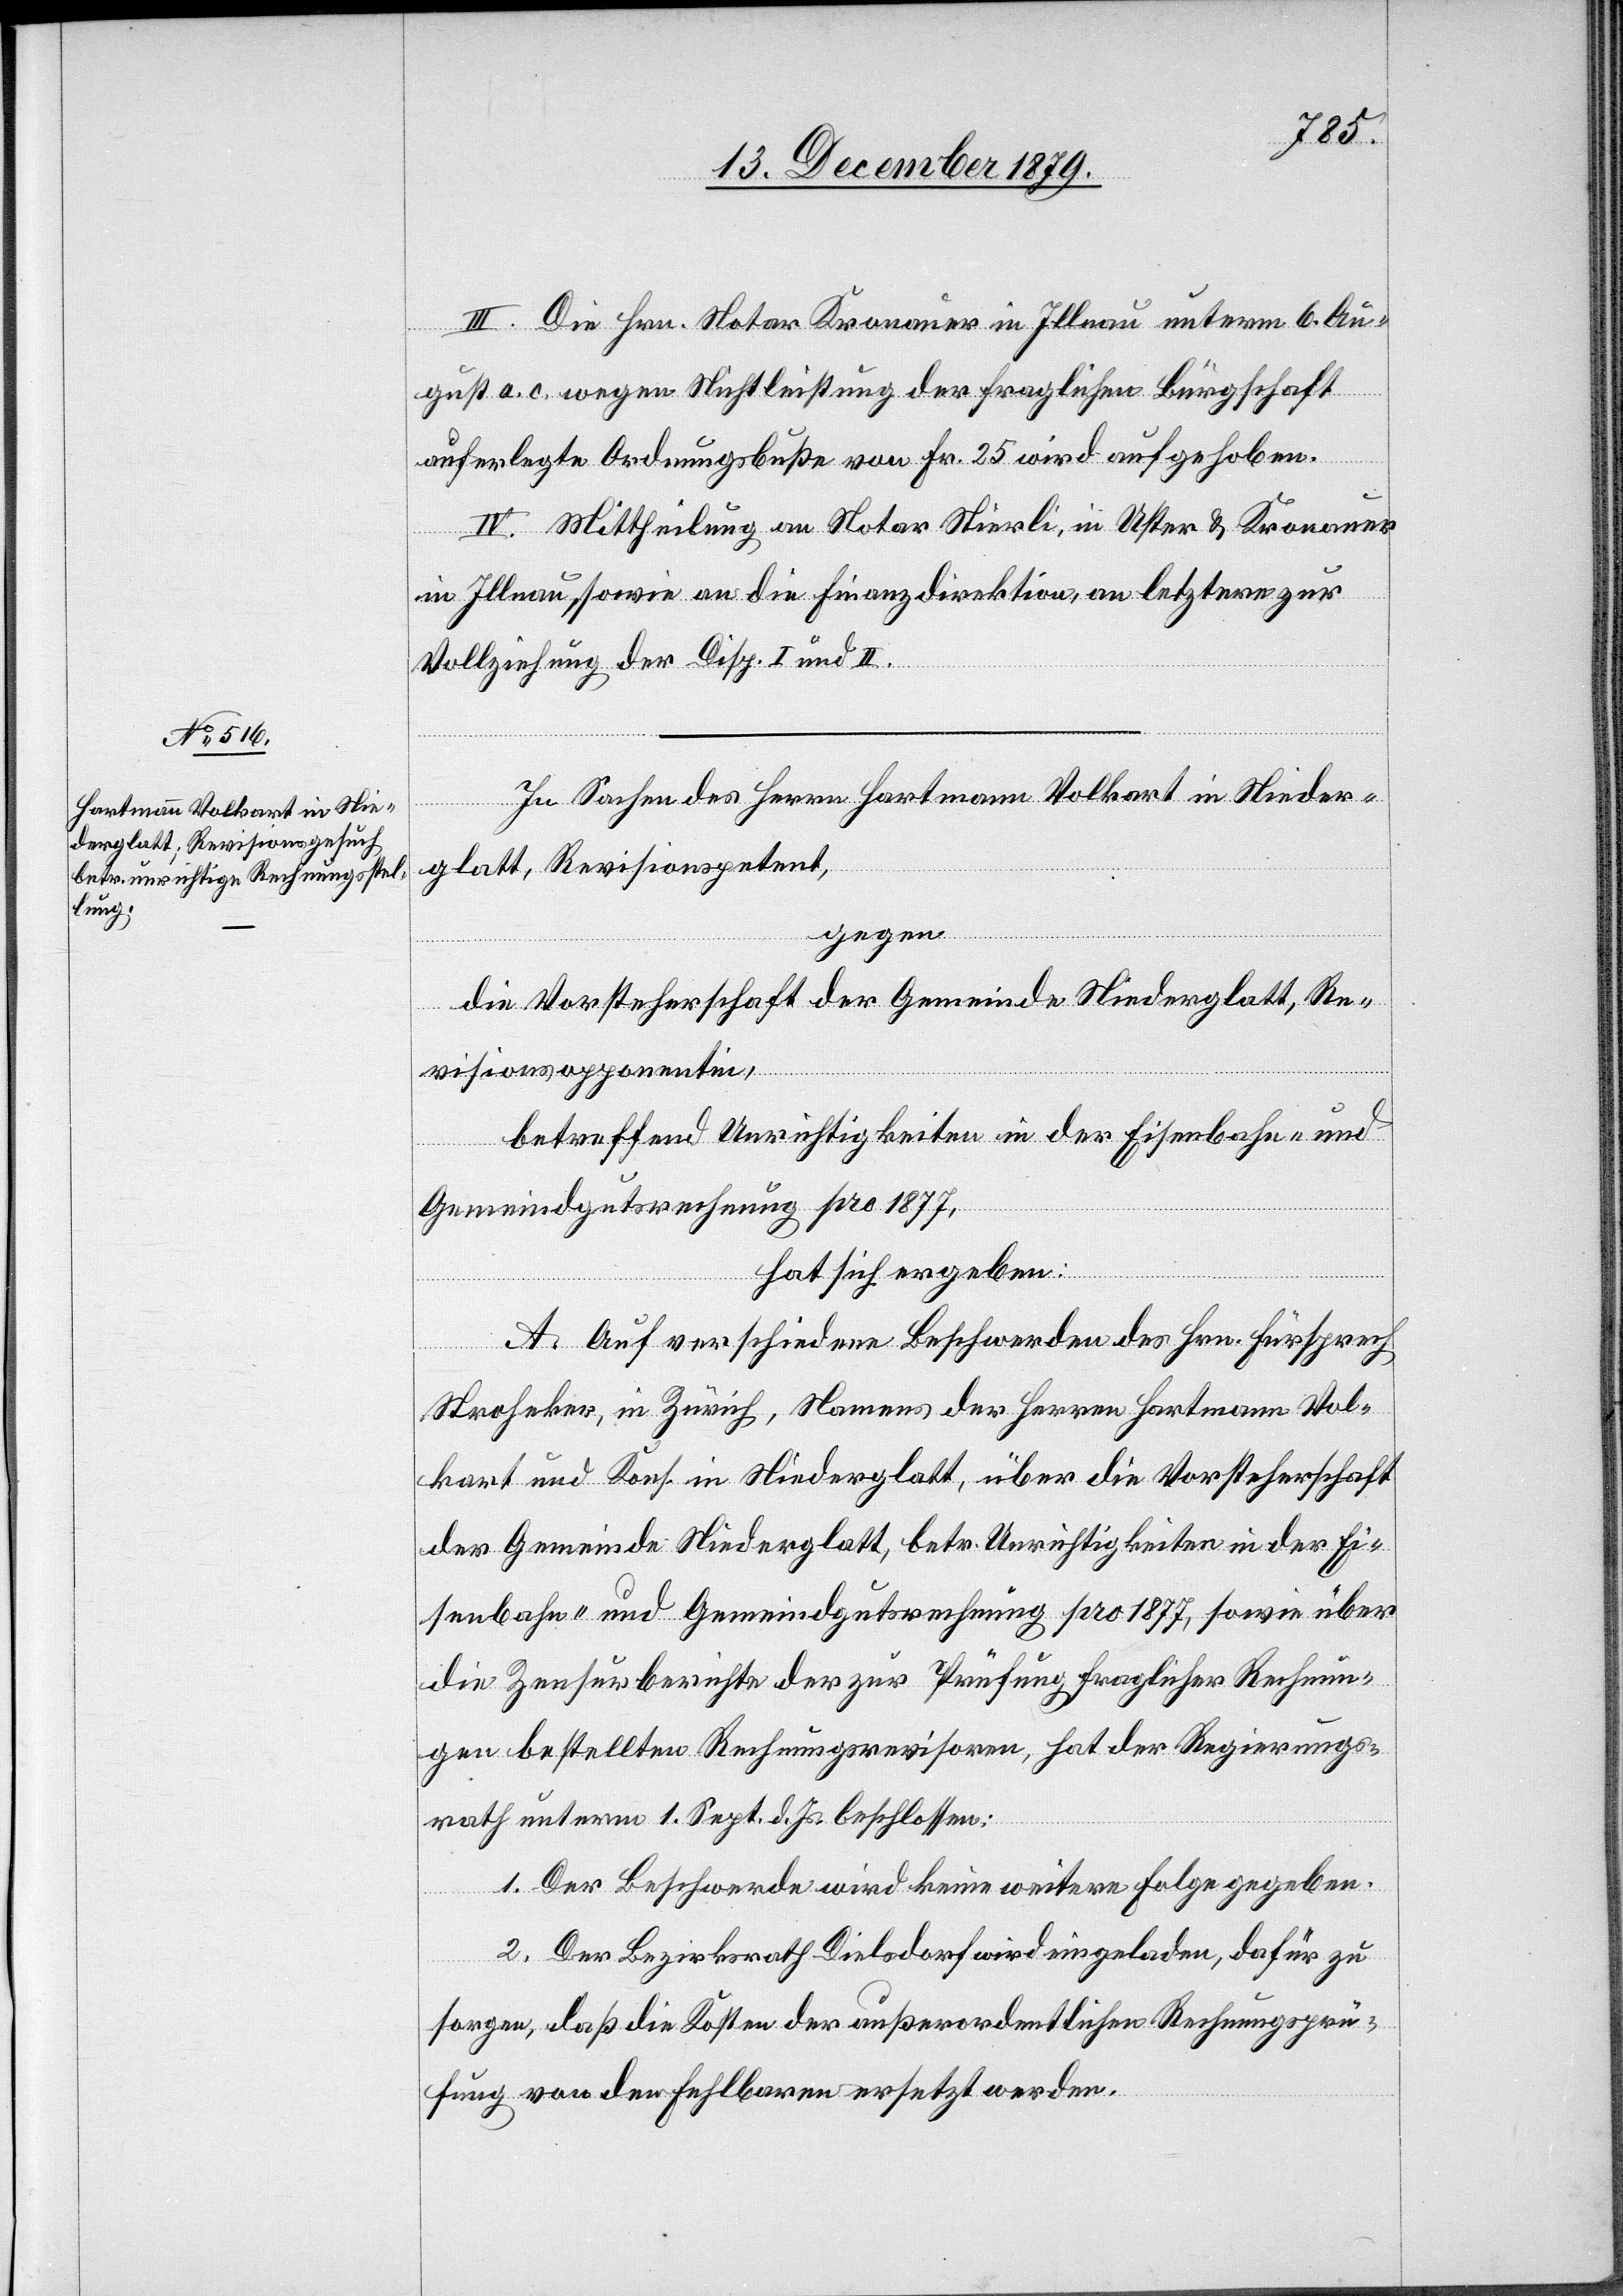
III. Die Hrn. Notar Kronauer in Illnau unterm 6. Au¬
gust a. c. wegen Nichtleistung der fraglichen Bürgschaft
auferlegte Ordnungsbuße von Fr. 25 wird aufgehoben.
IV. Mittheilung an Notar Stierli, in Uster & Kronauer
in Illnau, sowie an die Finanzdirektion, an letztere zur
Vollziehung der Disp. I und II.
In Sachen des Herrn Hartmann Volkart in Nieder¬
glatt, Revisionspetent,
gegen
die Vorsteherschaft der Gemeinde Niederglatt, Re¬
visionsopponentin,
betreffend Unrichtigkeit in der Eisenbahn- und
Gemeindgutsrechnung pro 1877,
hat sich ergeben:
A. Auf verschiedene Beschwerden des Hrn. Fürsprech
Stroheker, in Zürich, Namens der Herren Hartmann Vol¬
kart und Kons. in Niederglatt, über die Vorsteherschaft
der Gemeinde Niederglatt, betr. Unrichtigkeiten in der Ei¬
senbahn- und Gemeindgutsrechnung pro 1877, sowie über
die Zensurberichte der zur Prüfung fraglicher Rechnun¬
gen bestellten Rechnungsrevisionen, hat der Regierungs¬
rath unterm 1. Sept. d. Js. beschlossen:
1. Der Beschwerde wird keine weitere Folge gegeben.
2. Der Bezirksrath Dielsdorf wird eingeladen, dafür zu
sorgen, daß die Kosten der außerordentlichen Rechnungsprü¬
fung von den Fehlbaren ersetzt werden.